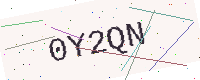
Text: 0Y2QN